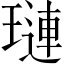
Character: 璉